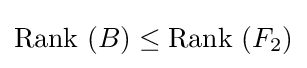
{\text{Rank }}(B)\leq {\text{Rank }}(F_{2})